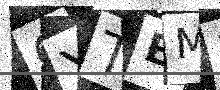
Text: 6YTEME